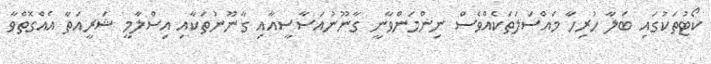
ކޯޓުތަކުގައި ބަލާ ހުރިހާ މައްސަަލަތަކެއްވެސް ނިންމަންވާނީ ގާނޫނުއަސާސީއާއި ގާނޫނުތަކާއި އިސްލާމީ ޝަރީއަތާ އެއްގޮތްވާ